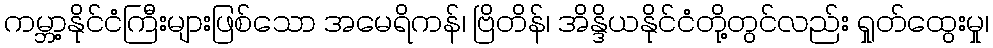
ကမ္ဘာ့နိုင်ငံကြီးများဖြစ်သော အမေရိကန်၊ ဗြိတိန်၊ အိန္ဒိယနိုင်ငံတို့တွင်လည်း ရှုတ်ထွေးမှု၊